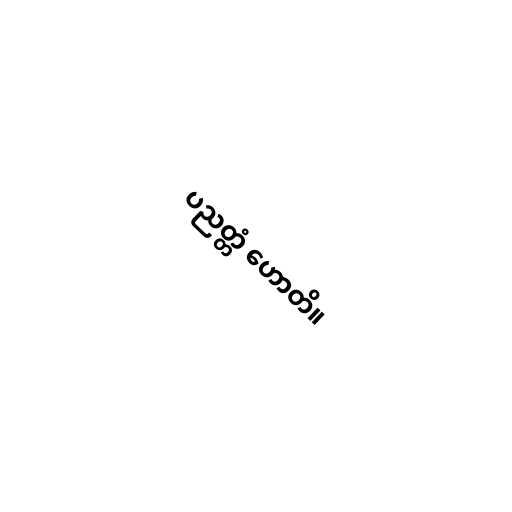
ပညတ္တံ ဟောတိ။